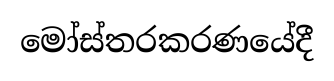
මෝස්තරකරණයේදී